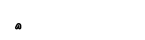
٨